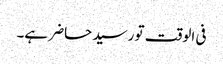
فی الوقت تو رسید حاضر ہے۔